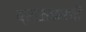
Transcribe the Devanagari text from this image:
ब्राऊझरची